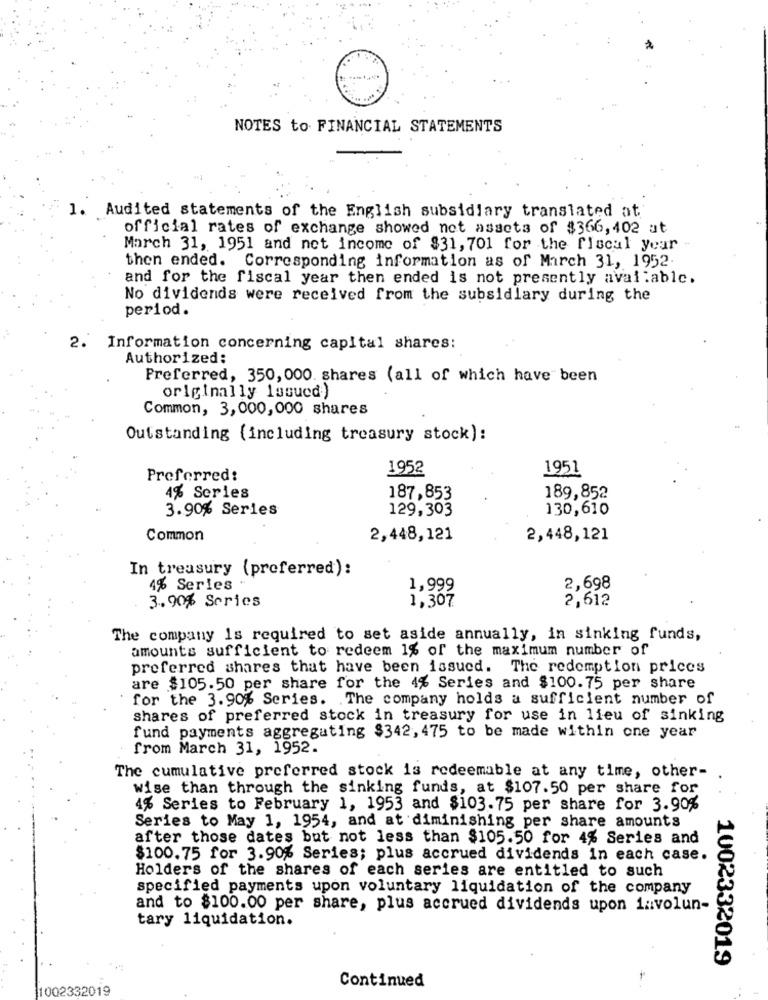
NOTES to FINANCIAL STATEMENTS
1. Audited statements of the English subsidiary translated at
official rates of exchange showed not assets of $366,402 at
March 31, 1951 and net income of $31, 701 for the fiscal your
then ended. Corresponding information as of March 31, 1952
and for the fiscal year then ended is not presently available.
No dividends were received from the subsidiary during the
period.
2. Information concerning capital shares:
Authorized:
Preferred, 350, 000. shares (all of which have been
originally Issued)
Common, 3, 000, 000 shares
Outstanding (including treasury stock):
1952
1951
Preferred:
4% Series
187,853
189,852
3.90% Series
129,303
130,610
Common
2,448,121
2,448,121
In treasury (preferred):
4% Series
1,999
2,698
3.90% Series
1,307
2,612
The company is required to set aside annually, in sinking funds,
amounts sufficient to redeem 1% of the maximum number of
preferred shares that have been issued. The redemption prices
are $105.50 per share for the 4% Series and $100.75 per share
for the 3.90% Series. The company holds a sufficient number of
shares of preferred stock in treasury for use in lieu of sinking
fund payments aggregating $342, 475 to be made within one year
from March 31, 1952.
The cumulative preferred stock is redeemable at any time, other-
wise than through the sinking funds, at $107.50 per share for
4% Series to February 1, 1953 and $103.75 per share for 3.90%
Series to May 1, 1954, and at diminishing per share amounts
after those dates but not less than $105.50 for 4% Series and
$100.75 for 3.90% Series; plus accrued dividends in each case.
Holders of the shares of each series are entitled to such
specified payments upon voluntary liquidation of the company
and to $100.00 per share, plus accrued dividends upon involun-
tary liquidation.
1002332019
1002332019
Continued